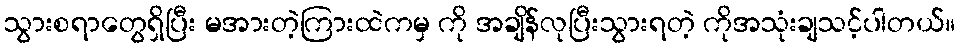
သွားစရာတွေရှိပြီး မအားတဲ့ကြားထဲကမှ ကို အချိန်လုပြီးသွားရတဲ့ ကိုအသုံးချသင့်ပါတယ်။